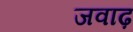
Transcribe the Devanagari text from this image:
जवाढ़